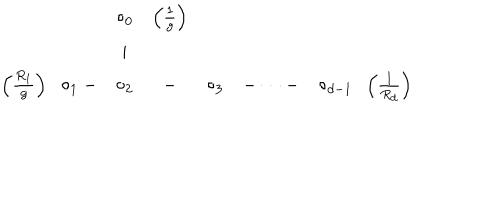
\begin{array} { c c c c c c c } { { } } & { { \circ _ { 0 } } } & { { \left( \frac { 1 } { g } \right) } } & { { } } & { { } } & { { } } & { { } } \\ { { } } & { { \mid } } & { { } } & { { } } & { { } } & { { } } & { { } } \\ { { \left( \frac { R _ { 1 } } { g } \right) \; \; \circ _ { 1 } - } } & { { \circ _ { 2 } } } & { { - } } & { { \circ _ { 3 } } } & { { - \dots - } } & { { \circ _ { d - 1 } \; \; \left( \frac { 1 } { R _ { d } } \right) } } \\ \end{array}